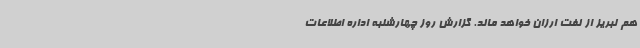
هم لبریز از نفت ارزان خواهد ماند. گزارش روز چهارشنبه اداره اطلاعات